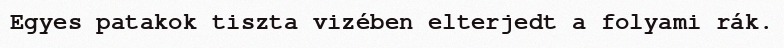
Egyes patakok tiszta vizében elterjedt a folyami rák.